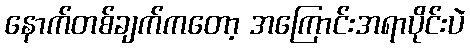
နောက်တစ်ချက်ကတော့ အကြောင်းအရာပိုင်းပဲ